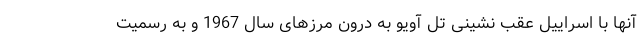
آنها با اسراییل عقب نشینی تل آویو به درون مرزهای سال 1967 و به رسمیت